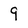
Character: 9